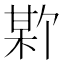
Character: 𪲣